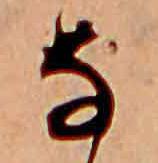
な